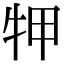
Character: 𤙇